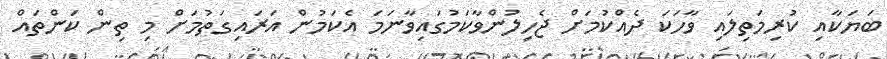
ބަޔަކާއި ކުރިމަތިލައި ވާހަކަ ދެއްކުމަށް ޖެހިލުންވާކަމުގައިވާނަމަ އެކަމުން އަރައިގަތުމަށް މި ތިން ކަންތައް